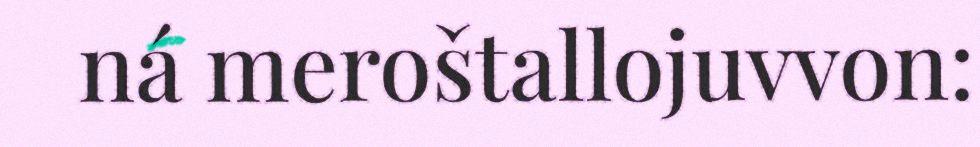
ná meroštallojuvvon: